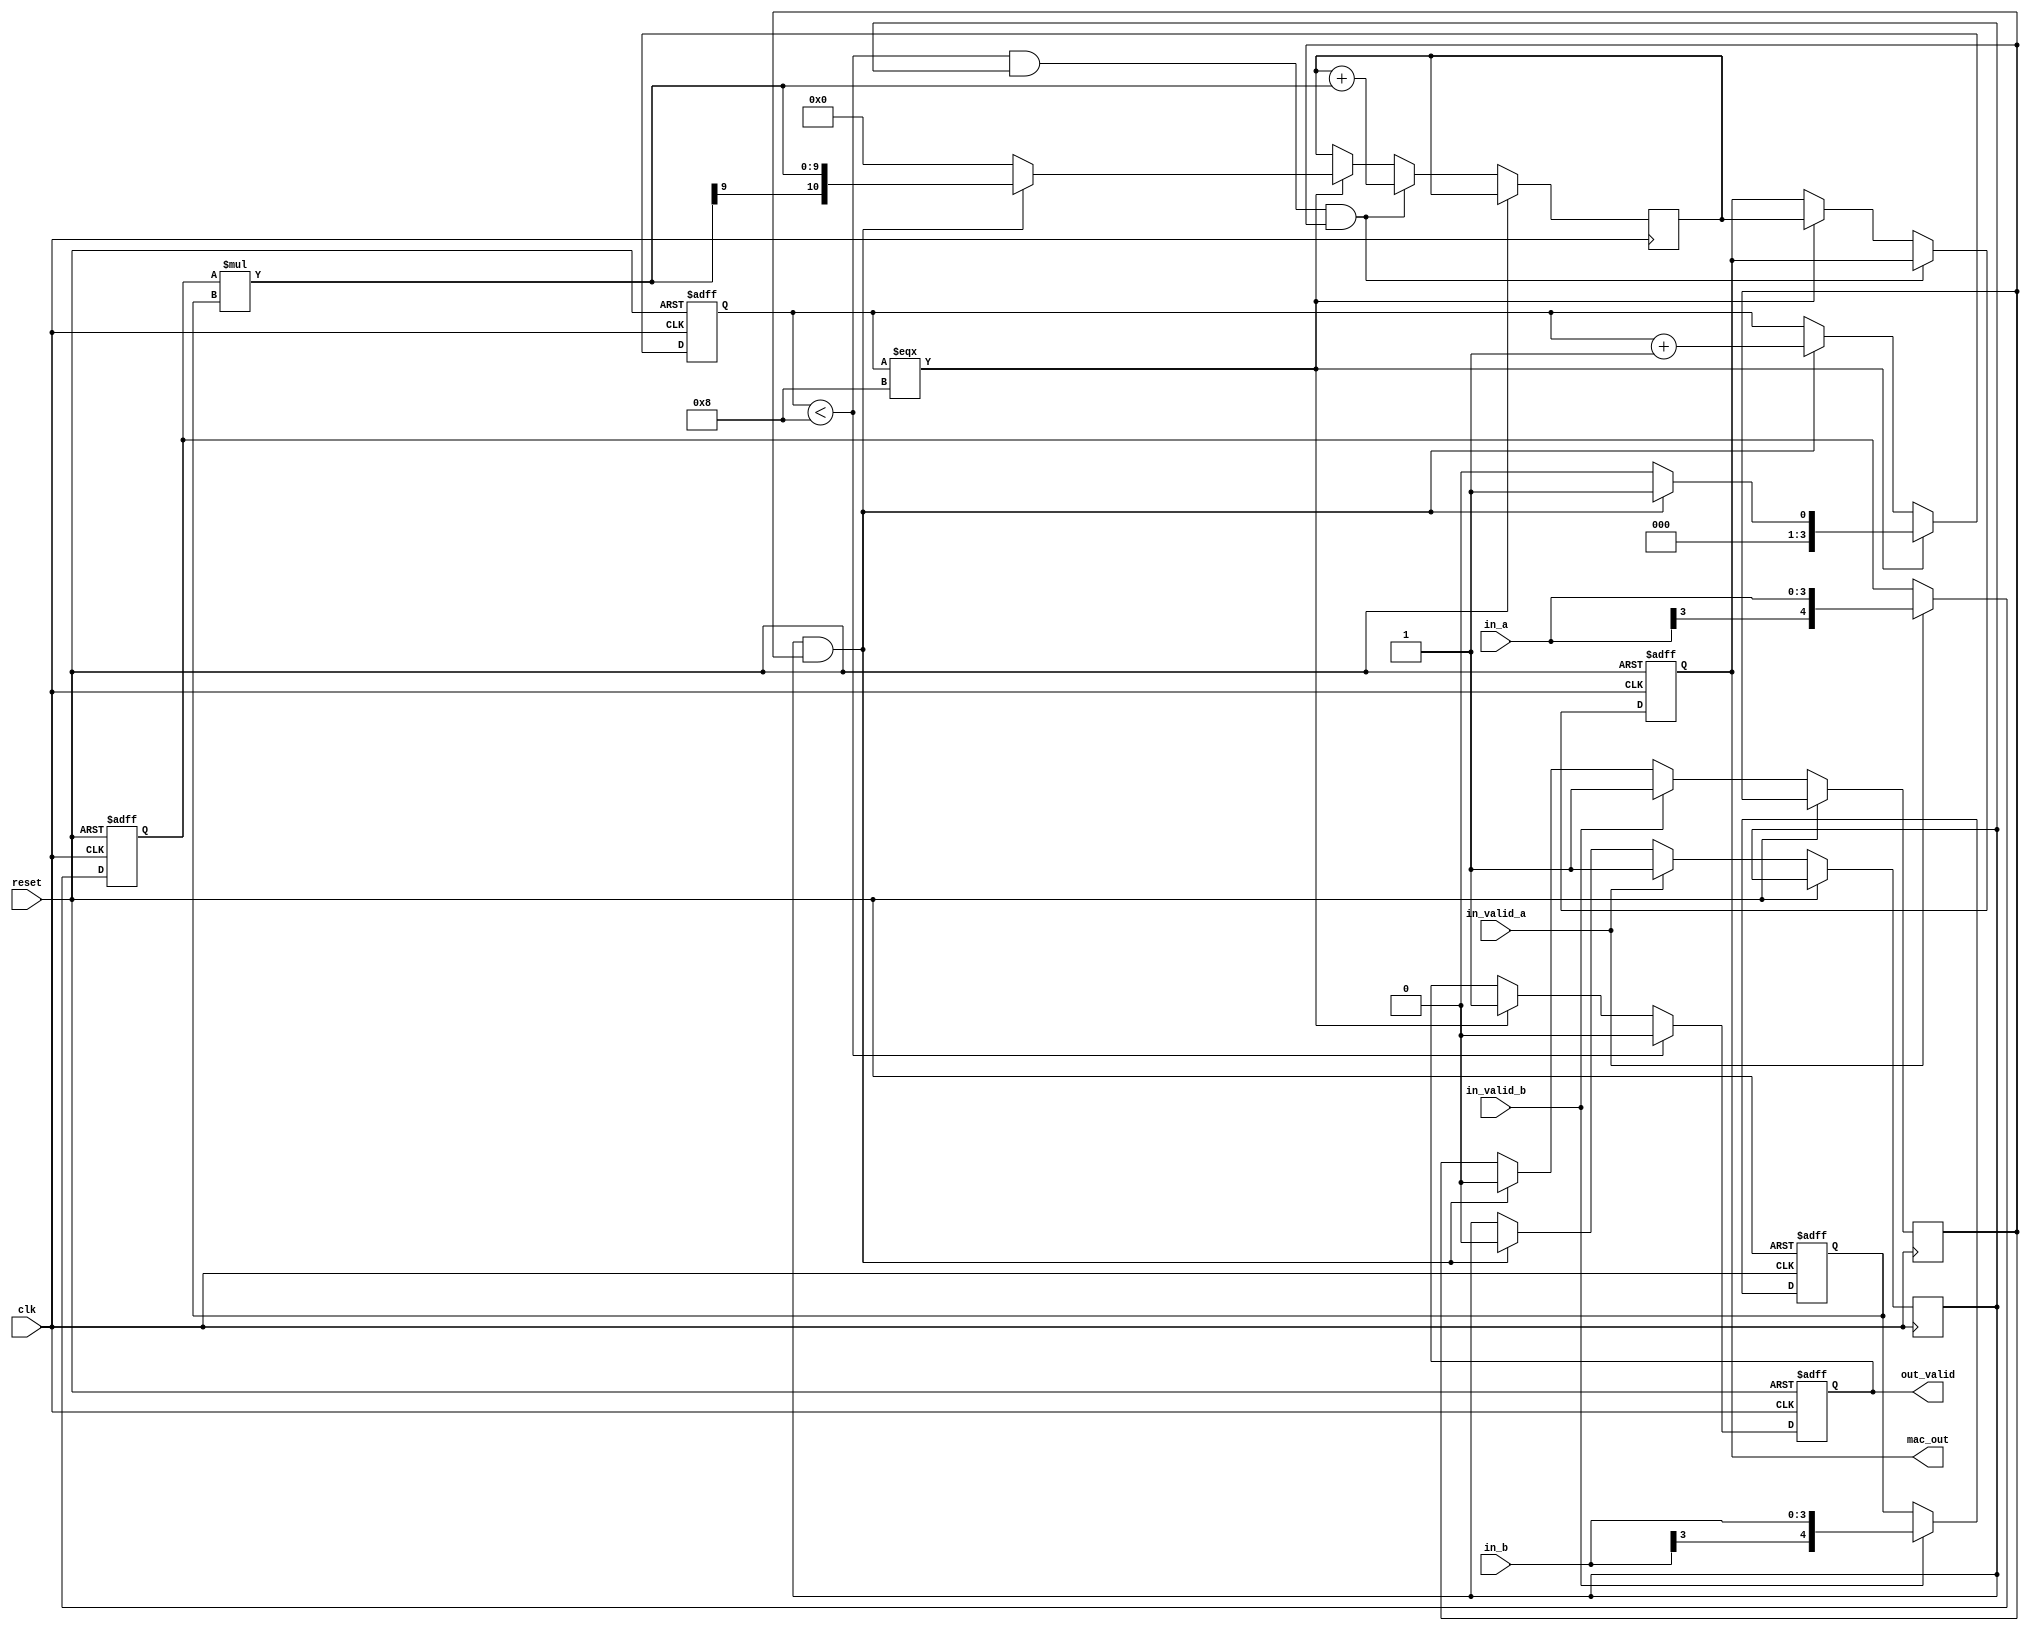
module mac(in_a, in_b, in_valid_a, in_valid_b, clk, 
			reset, mac_out, out_valid);

//input output declartion			
input signed [3:0] 	 in_a, in_b;
input 			     in_valid_a, in_valid_b;
input			     clk, reset;
output signed [10:0] mac_out;
output 		         out_valid;
/////////////////////////////////////////////

reg out_valid = 1'b0;
reg if_aInvalid = 1'b0; //avalid
reg if_bInvalid = 1'b0; //bvalid
reg signed [10:0] mac_out = 11'b0;
reg signed [10:0] mul = 11'b0;
reg signed [4:0] in_a_ex = 5'b0;
reg signed [4:0] in_b_ex = 5'b0;
reg [3:0] counter = 4'b0; //mac


//counter
always@( posedge clk or posedge reset) begin
	if(reset)begin
		counter <= 4'b0;
	end 
	else if(counter === 4'b1000 )
		if(if_aInvalid && if_bInvalid)
			counter <= 4'b1;
		else
			counter <= 4'b0;
	else if(if_aInvalid && if_bInvalid) begin
		counter <=  counter + 4'b1;
	end
	
end



always@( posedge clk or posedge reset) begin //deal with inputavoid overflow, extentend a&b
	if(reset)begin
		in_a_ex <= 5'b0;
	end 
	else if(in_valid_a) begin
		in_a_ex <= { in_a[3], in_a[3:0]};
		if_aInvalid <= 1'b1;

	end else if(if_aInvalid && if_bInvalid) begin
		if_aInvalid <= 1'b0;
	end
	
end

always@( posedge clk or posedge reset) begin
	if(reset)begin
		in_b_ex <= 5'b0;
	end 
	else if( in_valid_b) begin
		in_b_ex <= { in_b[3], in_b[3:0]};
		if_bInvalid <= 1'b1;
	end else if(if_aInvalid && if_bInvalid) begin
		if_bInvalid <= 1'b0;
	end
	
end


//calculate mac_out
always@ (posedge clk or posedge reset) begin
	if(reset)begin
		mac_out <= 10'b0;	
	end 
	else if(counter < 4'b1000 && if_aInvalid  && if_bInvalid )begin
		mul <= mul + in_a_ex *in_b_ex;
	end 
	else if( counter === 4'b1000) begin
		mac_out <= mul;

		if(if_aInvalid  && if_bInvalid )
		mul <= in_a_ex *in_b_ex;
		else
		mul <= 10'b0;

		
	end
end

//out_valid
always@(posedge clk or posedge reset) begin
	if(reset)begin
		out_valid <= 1'b0;
	end 
	else if(counter < 4'b1000 )begin
		out_valid <= 1'b0 ; 
	end 
	else if( counter === 4'b1000) begin
		out_valid <= 1'b1 ; 
		
	end
end






endmodule